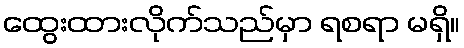
ထွေးထားလိုက်သည်မှာ ရစရာ မရှိ။